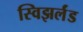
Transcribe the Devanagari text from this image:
स्विझर्लंड